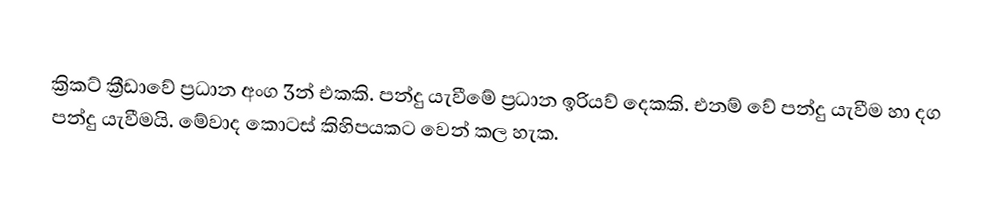
ක්‍රිකට් ක්‍රීඩාවේ ප්‍රධාන අංග 3න් එකකි. පන්දු යැවීමේ ප්‍රධාන ඉරියව් දෙකකි. එනම් වේ පන්දු යැවීම හා දග පන්දු යැවීමයි. මේවාද කොටස් කිහිපයකට වෙන් කල හැක.